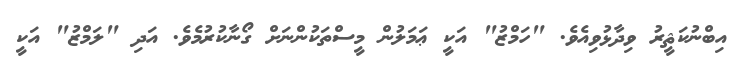
އިބްނުކަޘީރު ވިދާޅުވިއެވެ. "ހަމްޒު" އަކީ ޢަމަލުން މީސްތަކުންނަށް ގޯނާކުރުމެވެ. އަދި "ލަމްޒު" އަކީ